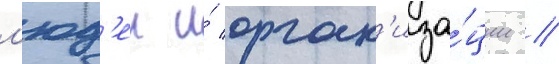
л'юд'еи и́ орган'иза́ции /